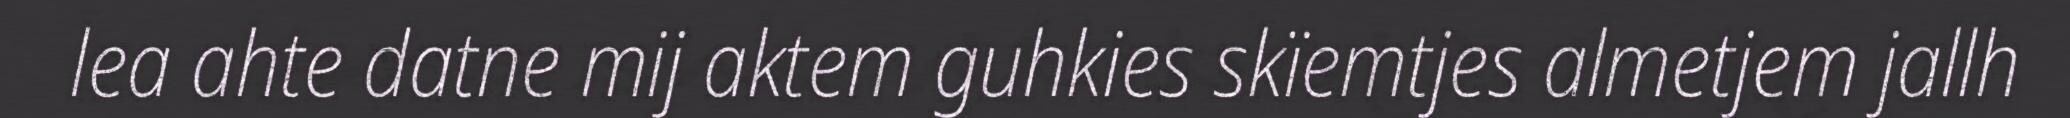
lea ahte datne mij aktem guhkies skïemtjes almetjem jallh